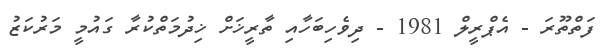
ފަތްތޫރަ - އެޕްރީލް 1981 - ދިވެހިބަހާއި ތާރީޚަށް ޚިދުމަތްކުރާ ގައުމީ މަރުކަޒު